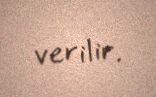
verilir.